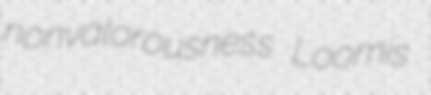
nonvalorousness Loomis